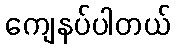
ကျေနပ်ပါတယ်